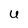
Character: U